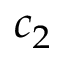
c _ { 2 }